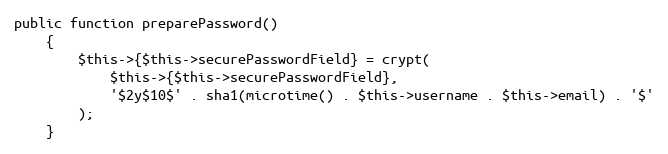
Language: PHP
public function preparePassword()
    {
        $this->{$this->securePasswordField} = crypt(
            $this->{$this->securePasswordField},
            '$2y$10$' . sha1(microtime() . $this->username . $this->email) . '$'
        );
    }